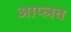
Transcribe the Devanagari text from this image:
आप्लव